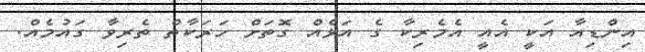
އިންޑިއާ އަކީ އެއީ އެމެރިކާ ގެ އަޅެއް ގޮތަށް ހަރަކާތް ތެރިވާ ގައުމެއް.